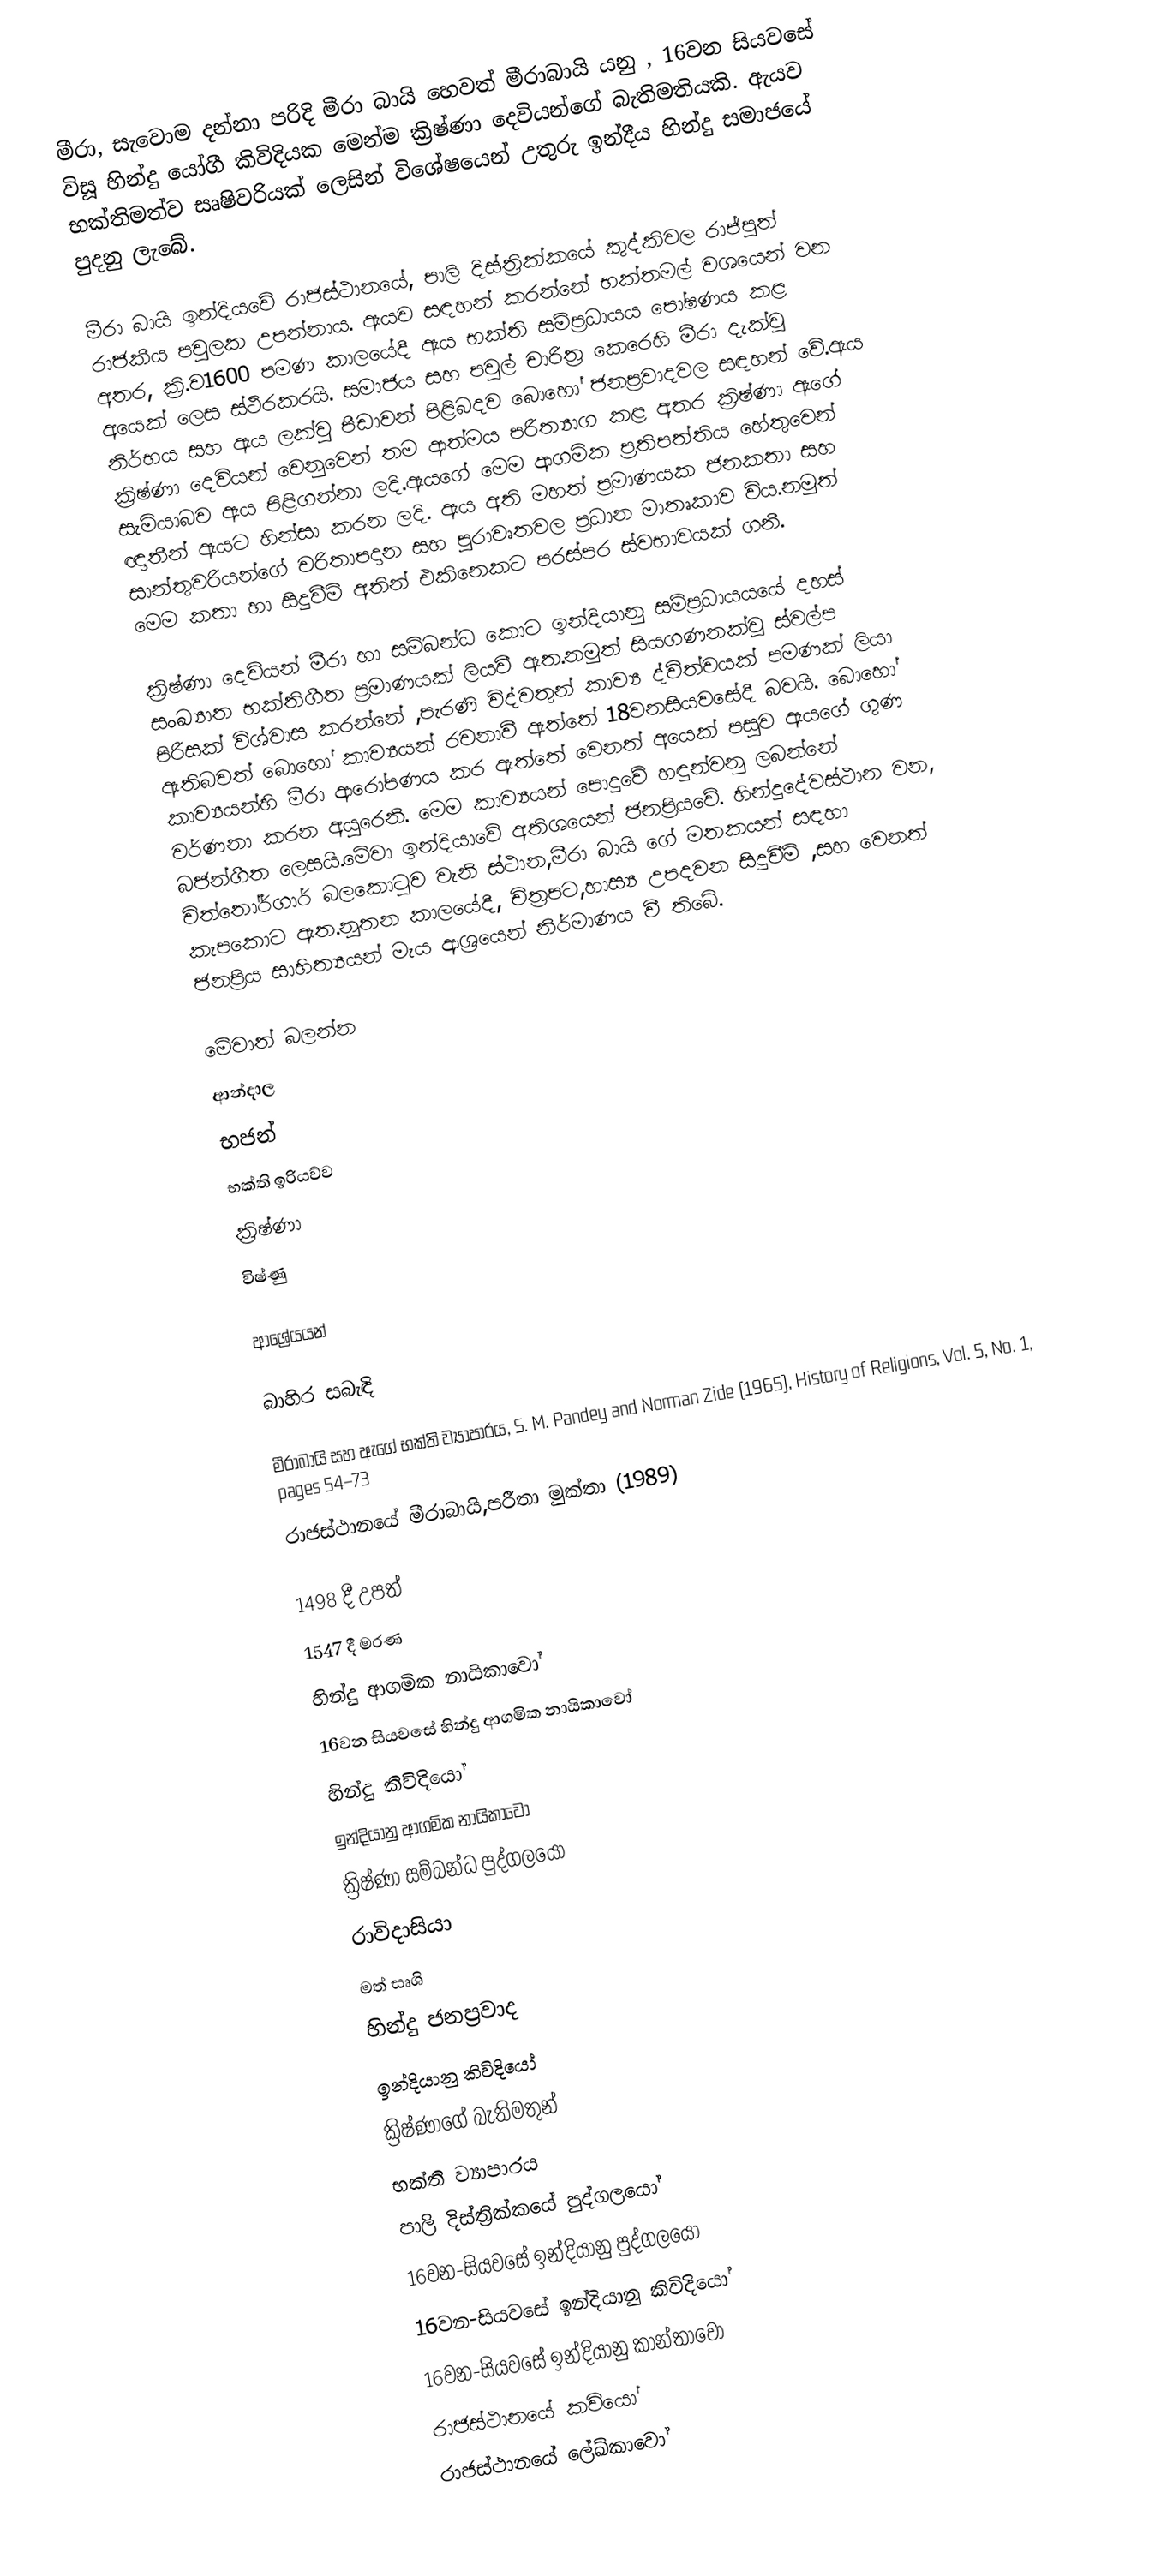
මීරා, සැවොම දන්නා පරිදි මීරා බායි හෙවත් මීරාබායි යනු , 16වන සියවසේ විසූ හින්දු යෝගී කිවිදියක මෙන්ම  ක්‍රිෂ්ණා දෙවියන්ගේ බැතිමතියකි. ඇයව භක්තිමත්ව සෘෂිවරියක් ලෙසින් විශේෂයෙන් උතුරු ඉන්දීය හින්දු සමාජයේ පුදනු ලැබේ.

මීරා බායි ඉන්දියවේ රාජස්ථානයේ, පාලි දිස්ත්‍රික්කයේ කුද්කිවල රාජ්පුත් රාජකීය පවුලක උපන්නාය. ඇයව සඳහන් කරන්නේ භක්තමල් වශයෙන් වන අතර, ක්‍රි.ව1600 පමණ කාලයේදී ඇය භක්ති සම්ප්‍රධායය පෝෂණය කළ අයෙක් ලෙස ස්ථිරකරයි.  සමාජය සහ පවුල් චාරිත්‍ර කෙරෙහි මීරා දැක්වූ නිර්භය සහ ඇය ලක්වු පීඩාවන් පිළිබදව බොහෝ ජනප්‍රවාදවල සඳහන් වේ.ඇය ක්‍රිෂ්ණා දෙවියන් වෙනුවෙන් තම ආත්මය  පරිත්‍යාග කළ අතර ක්‍රිෂ්ණා ඇගේ සැමියාබව ඇය පිළිගන්නා ලදි.ඇයගේ මෙම ආගමික ප්‍රතිපත්තිය හේතුවෙන් ඥාතීන් ඇයට හින්සා කරන ලදි.  ඇය අති මහත් ප්‍රමාණයක ජනකතා සහ සාන්තුවරියන්ගේ චරිතාපදාන සහ පුරාවෘතවල ප්‍රධාන මාතෘකාව විය.නමුත් මෙම කතා හා සිදුවීම් අතින් එකිනෙකට පරස්පර ස්වභාවයක් ගනී.

ක්‍රිෂ්ණා දෙවියන් මීරා හා සම්බන්ධ කොට ඉන්දියානු සම්ප්‍රධායයයේ දහස් සංඛ්‍යාත භක්තිගීත ප්‍රමාණයක් ලියවී ඇත.නමුත් සියගණනක්වූ ස්වල්ප පිරිසක් විශ්වාස කරන්නේ ,පැරණි විද්වතුන් කාව්‍ය ද්විත්වයක් පමණක් ලියා ඇතිබවත් බොහෝ කාව්‍යයන් රචනාවී ඇත්තේ 18වනසියවසේදී බවයි.  බොහෝ කාව්‍යයන්හි මීරා ආරෝපණය කර ඇත්තේ වෙනත් අයෙක් පසුව ඇයගේ ගුණ වර්ණනා කරන අයුරෙනි. මෙම කාව්‍යයන් පොදුවේ හඳුන්වනු ලබන්නේ බජන්ගීත ලෙසයි.මේවා ඉන්දියාවේ අතිශයෙන් ජනප්‍රියවේ. හින්දුදේවස්ථාන වන, චිත්තෝර්ගාර් බලකොටුව වැනි ස්ථාන,මීරා බායි ගේ මතකයන් සඳහා කැපකොට ඇත.නූතන කාලයේදී, චිත්‍රපට,හාස‍්‍ය උපදවන සිදුවීම් ,සහ වෙනත් ජනප්‍රිය සාහිත්‍යයන් මැය ආශ්‍රයෙන් නිර්මාණය වී තිබේ.

මේවාත් බලන්න
 ආන්දාල
 භජන්
 භක්ති ඉරියව්ව
 ක්‍රිෂ්ණා
 විෂ්ණු

ආශ්‍රේයයන්

බාහිර සබැඳි

මීරාබායි සහ ඇගේ භක්ති ව්‍යාපාරය, S. M. Pandey and Norman Zide (1965), History of Religions, Vol. 5, No. 1, pages 54–73
රාජස්ථානයේ මීරාබායි,පරීතා මුක්තා (1989)

1498 දී උපත්
1547 දී මරණ
හින්දු ආගමික නායිකාවෝ
16වන සියවසේ හින්දු ආගමික නායිකාවෝ
හින්දු කිවිදියෝ
ඉන්දියානු ආගමික නායිකාවෝ
ක්‍රිෂ්ණා සම්බන්ධ පුද්ගලයෝ
රාවිදාසියා
මත් සෘශි
හින්දු ජනප්‍රවාද
ඉන්දියානු කිවිදියෝ
ක්‍රිෂ්ණාගේ බැතිමතුන්
භක්ති ව්‍යාපාරය
පාලි දිස්ත්‍රික්කයේ පුද්ගලයෝ
16වන-සියවසේ ඉන්දියානු පුද්ගලයෝ
16වන-සියවසේ ඉන්දියානු කිවිදියෝ
16වන-සියවසේ ඉන්දියානු කාන්තාවෝ
රාජස්ථානයේ කවියෝ
රාජස්ථානයේ ලේඛ්කාවෝ